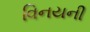
વિનયની